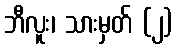
ဘီလူး၊ သားမှတ် (၂)